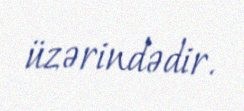
üzərindədir.